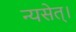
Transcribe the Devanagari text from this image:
न्यसेत्‌।